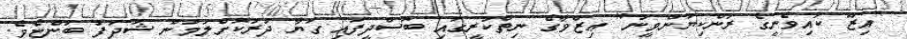
"އިޒޫ ކައިވެނީގެ ރަންކިޔަންވީނު" ޢިޒްވާގެ ނިތްކުރީގައި ބޮސްދީފައި ގަޔާ ދުރުކޮށްލަމުން ޝަދަފު ބުންޏެވެ.